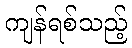
ကျန်ရစ်သည့်